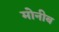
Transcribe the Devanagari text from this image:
मोनीब